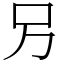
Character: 𠮠